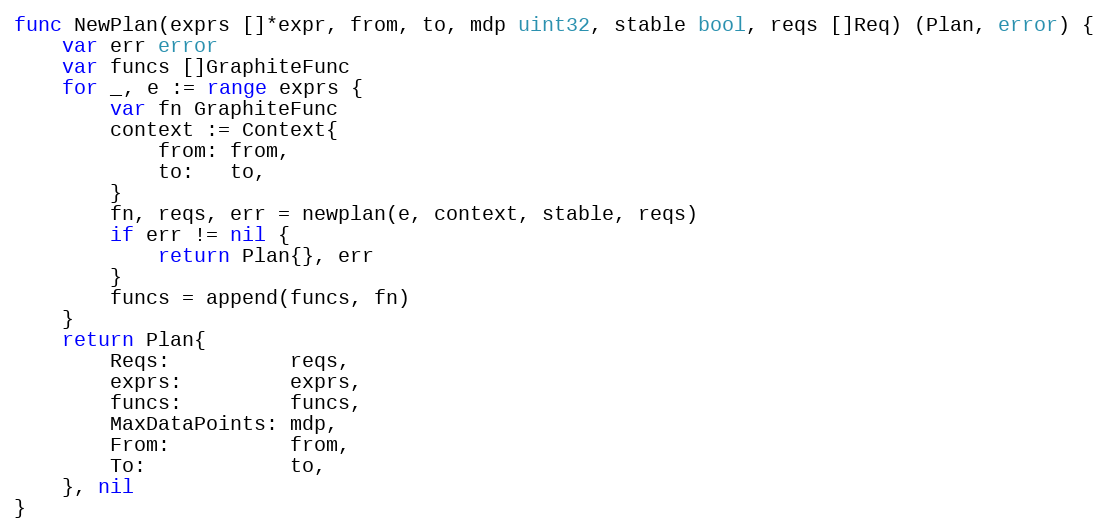
Language: Go
func NewPlan(exprs []*expr, from, to, mdp uint32, stable bool, reqs []Req) (Plan, error) {
	var err error
	var funcs []GraphiteFunc
	for _, e := range exprs {
		var fn GraphiteFunc
		context := Context{
			from: from,
			to:   to,
		}
		fn, reqs, err = newplan(e, context, stable, reqs)
		if err != nil {
			return Plan{}, err
		}
		funcs = append(funcs, fn)
	}
	return Plan{
		Reqs:          reqs,
		exprs:         exprs,
		funcs:         funcs,
		MaxDataPoints: mdp,
		From:          from,
		To:            to,
	}, nil
}